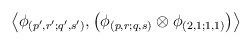
LaTeX: \begin{align*}\left\langle \phi_{(p',r';q',s')}, \left(\phi_{(p,r;q,s)}\otimes\phi_{(2,1;1,1)} \right) \right\rangle\end{align*}